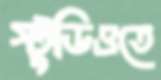
স্টুডিওতে